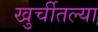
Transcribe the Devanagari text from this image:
खुर्चीतल्या